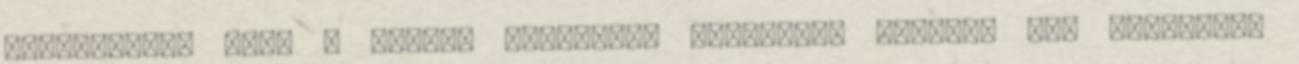
elhelyezni, hogy a védett területen keletkezõ bármely tûz megfelelõ